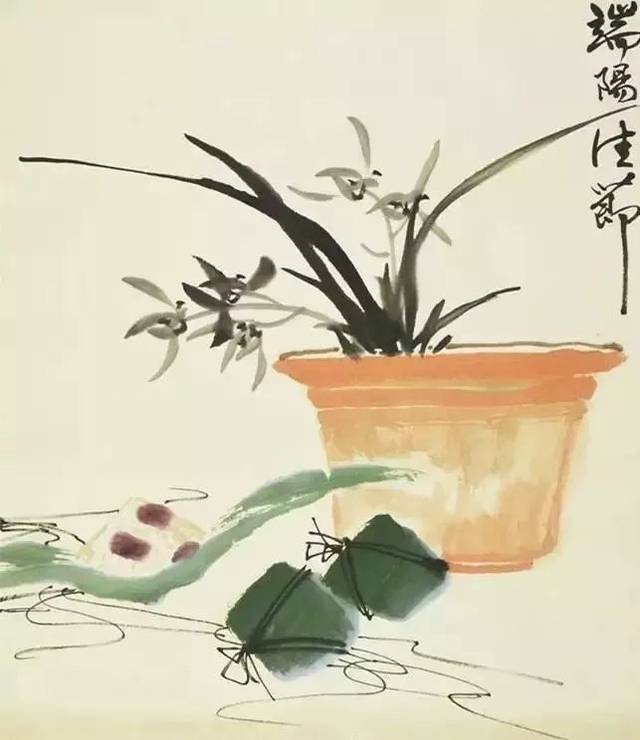
五月五日午，赠我一枝艾。